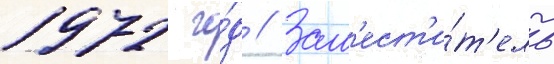
1972 го́д // Зам'ест'и́т'ель